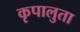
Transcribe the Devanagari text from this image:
कृपालुता